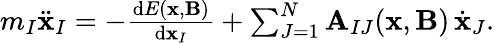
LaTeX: \begin{array}{r}{m_{I}\ddot{\mathbf{x}}_{I}=-\frac{\mathrm{d}E(\mathbf{x},\mathbf{B})}{\mathrm{d}\mathbf{x}_{I}}+\sum_{J=1}^{N}\mathbf{A}_{IJ}(\mathbf{x},\mathbf{B})\, \dot{\mathbf{x}}_{J}.}\end{array}